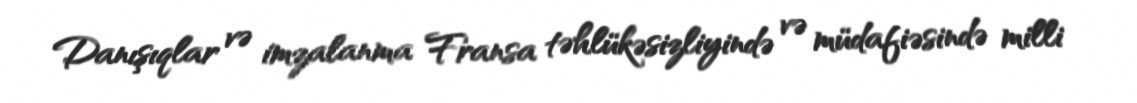
Danışıqlar və imzalanma Fransa təhlükəsizliyində və müdafiəsində milli